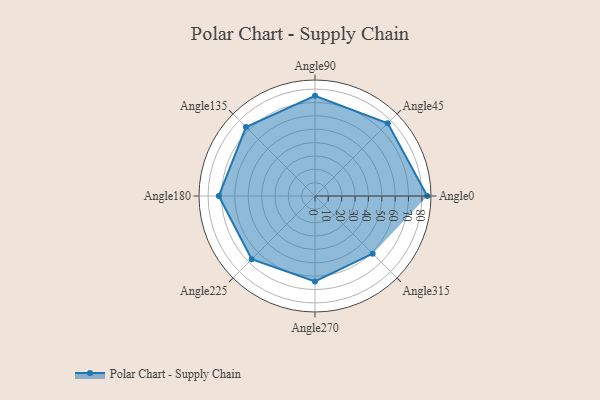
{"axis": {"x": "Angle", "y": "Radius"}, "legend": [""], "data": [{"x": "Angle0", "y": 84.0, "type": ""}, {"x": "Angle45", "y": 77.0, "type": ""}, {"x": "Angle90", "y": 75.0, "type": ""}, {"x": "Angle135", "y": 73.0, "type": ""}, {"x": "Angle180", "y": 72.0, "type": ""}, {"x": "Angle225", "y": 67.0, "type": ""}, {"x": "Angle270", "y": 64.0, "type": ""}, {"x": "Angle315", "y": 61.0, "type": ""}]}